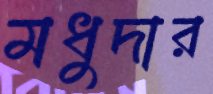
মধুদার